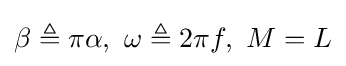
\beta \triangleq \pi \alpha ,\ \omega \triangleq 2\pi f,\ M=L